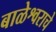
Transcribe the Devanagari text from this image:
बाळेश्वराचे